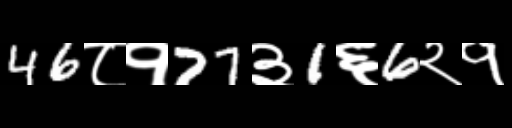
Text: 46८१77३1६6२१